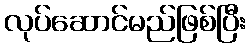
လုပ်ဆောင်မည်ဖြစ်ပြီး